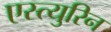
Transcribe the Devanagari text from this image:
एस्त्युरिन